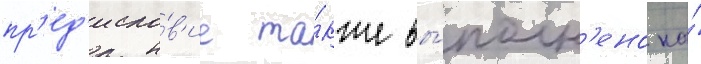
пр'ед'исло́в'ие та́кже вы́полн'ено на́